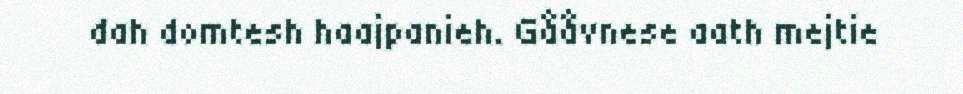
dah domtesh haajpanieh. Gååvnese aath mejtie